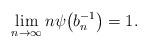
LaTeX: \begin{align*}\lim_{n \to \infty} n \psi\big(b_n^{-1}\big) = 1.\end{align*}